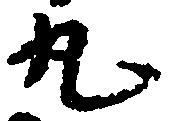
丸